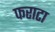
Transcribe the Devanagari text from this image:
फराटा